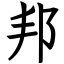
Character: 邦